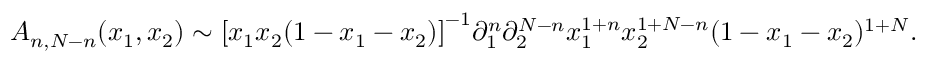
{ \cal A } _ { n , N - n } ( x _ { 1 } , x _ { 2 } ) \sim \left[ x _ { 1 } x _ { 2 } ( 1 - x _ { 1 } - x _ { 2 } ) \right] ^ { - 1 } \! \partial _ { 1 } ^ { n } \partial _ { 2 } ^ { N - n } x _ { 1 } ^ { 1 + n } x _ { 2 } ^ { 1 + N - n } ( 1 - x _ { 1 } - x _ { 2 } ) ^ { 1 + N } .